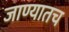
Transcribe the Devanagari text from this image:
जाण्यातच